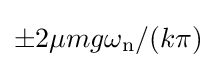
\pm 2\mu mg\omega _{\rm {n}}/(k\pi )